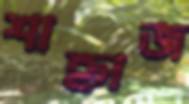
শাহ্নাজ